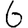
Digit: 6